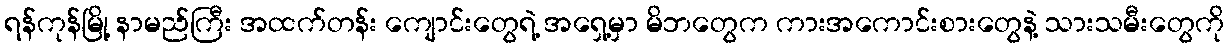
ရန်ကုန်မြို့ နာမည်ကြီး အထက်တန်း ကျောင်းတွေရဲ့ အရှေ့မှာ မိဘတွေက ကားအကောင်းစားတွေနဲ့ သားသမီးတွေကို